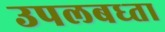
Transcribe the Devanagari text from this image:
उपलबध्ता